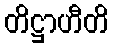
တိဋ္ဌာဟီတိ